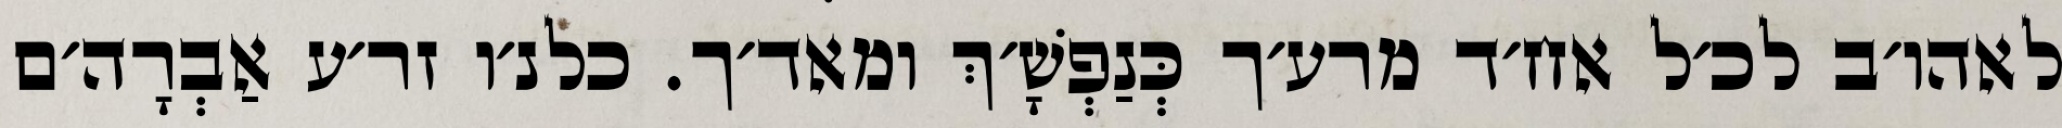
לאהו׳ב לכ׳ל אח׳ד מרע׳ך כְּנַפְשָׁ׳ךְ ומאד׳ך. כלנ׳ו זר׳ע אַבְרָה׳ם